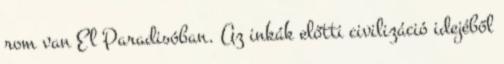
rom van El Paradisóban. Az inkák előtti civilizáció idejéből